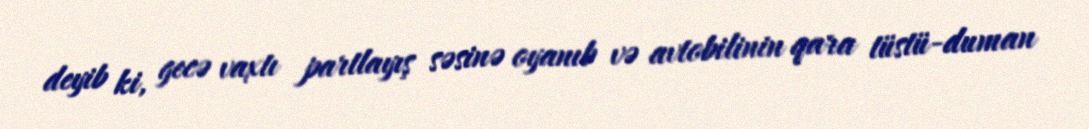
deyib ki, gecə vaxtı partlayış səsinə oyanıb və avtobilinin qara tüstü-duman